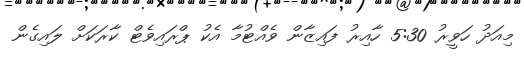
މިއަދު ހަވީރު 5:30 ހާއިރު ފައިޒާން ވެއްޓުމާ އެކު ޕްރައިވެޓް ކާރަކަށް ލައިގެން